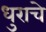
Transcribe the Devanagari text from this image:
धुराचे